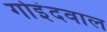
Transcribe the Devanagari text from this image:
गोइंदवाल